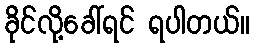
ခိုင်လို့ခေါ်ရင် ရပါတယ်။